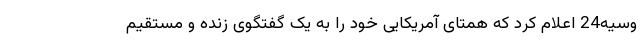
وسیه24 اعلام کرد که همتای آمریکایی خود را به یک گفتگوی زنده و مستقیم